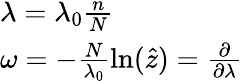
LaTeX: \begin{array}{l}{{\lambda=\lambda_{0}\frac{n}{N}}}\\ {{\omega=-\frac{N}{\lambda_{0}}\ln(\hat{z})=\frac{\partial}{\partial\lambda}}}\end{array}